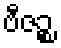
ဗီဇဉ္စ